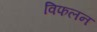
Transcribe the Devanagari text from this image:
विफलन